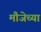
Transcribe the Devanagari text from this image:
मौजेच्या